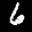
Label: 6